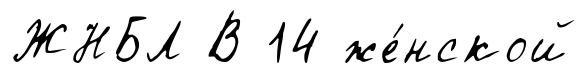
ЖНБЛ В 14 же́нской